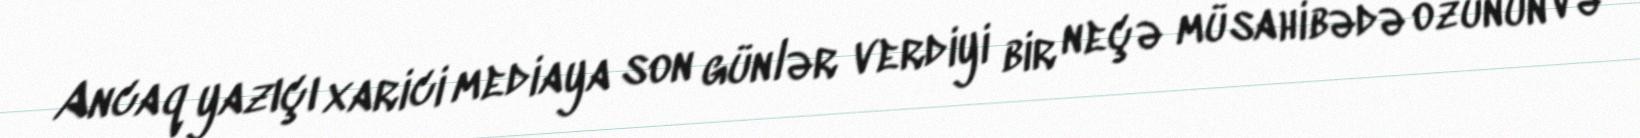
Ancaq yazıçı xarici mediaya son günlər verdiyi bir neçə müsahibədə özünün və